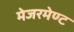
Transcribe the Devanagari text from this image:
मेजरमेण्ट